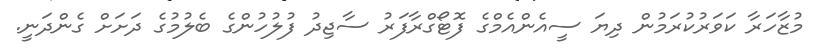
މުޒާހަރާ ކަވަރުކުރަމުން ދިޔަ ސީއެންއެމްގެ ފޮޓޯގްރާފަރު ސާޖިދު ފުލުހުންގެ ބެލުމުގެ ދަށަށް ގެންދަނީ.